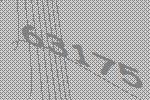
63175